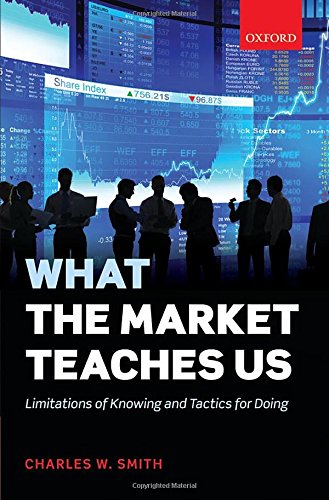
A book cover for What the Market Teaches Us: Limitations of Knowing and Tactics for Doing; Charles Smith; Business & Money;